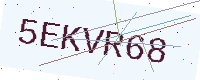
Text: 5EKVR68